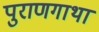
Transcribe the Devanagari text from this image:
पुराणगाथा